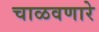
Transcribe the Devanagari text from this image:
चाळवणारे